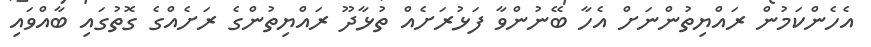
އެހެންކަމުން ރައްޔިތުންނަށް އެހާ ބޭނުންވާ ފަޅުރަށެއް ތުޅާދޫ ރައްޔިތުންގެ ރަށެއްގެ ގޮތުގައި ބާއްވައި